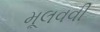
મૂલવવી